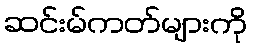
ဆင်းမ်ကတ်များကို